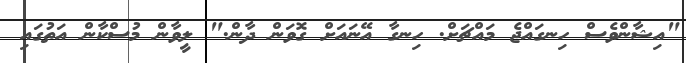
"އިޝާންވެސް ހިނގައްޖެ މައްޗަށް. ހިނގާ އޭނައަށް ގޮވަން ދާން." ލީވާން މުސްކާން އަތުގައި